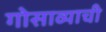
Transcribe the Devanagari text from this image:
गोसाव्याची